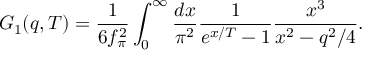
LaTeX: G _ { 1 } ( q , T ) = { \frac { 1 } { 6 f _ { \pi } ^ { 2 } } } \int _ { 0 } ^ { \infty } { \frac { d x } { \pi ^ { 2 } } } { \frac { 1 } { e ^ { x / T } - 1 } } { \frac { x ^ { 3 } } { x ^ { 2 } - q ^ { 2 } / 4 } } .